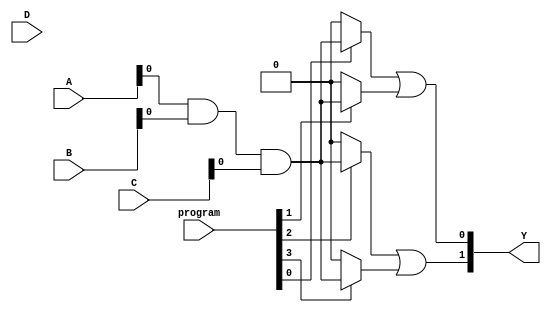
module hs_pal #(
    parameter NUM_INPUTS = 3,      // Number of inputs
    parameter NUM_AND_GATES = 4,    // Number of AND gates
    parameter NUM_OR_GATES = 2       // Number of OR gates
)(
    input wire [NUM_INPUTS-1:0] A,  // Inputs
    input wire [NUM_INPUTS-1:0] B,
    input wire [NUM_INPUTS-1:0] C,
    input wire [NUM_INPUTS-1:0] D,  // Additional inputs if needed
    input wire [NUM_AND_GATES-1:0] program, // Programming signals for AND gates
    output wire [NUM_OR_GATES-1:0] Y // Outputs
);

// Define the programmable AND array
wire [NUM_AND_GATES-1:0] and_out;

// Generate the programmable AND gates
genvar i;
generate
    for (i = 0; i < NUM_AND_GATES; i = i + 1) begin : and_gates
        assign and_out[i] = (program[i]) ? (A & B & C) : 1'b0; // Example logic
    end
endgenerate

// Fixed OR array
assign Y[0] = and_out[0] | and_out[1]; // Example OR logic
assign Y[1] = and_out[2] | and_out[3]; // Example OR logic

endmodule